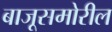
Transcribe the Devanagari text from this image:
बाजूसमोरील